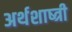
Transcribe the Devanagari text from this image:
अर्थशाष्त्री